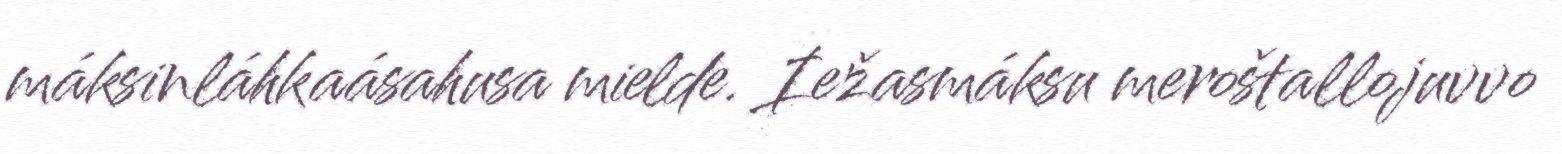
máksinláhkaásahusa mielde. Iežasmáksu meroštallojuvvo